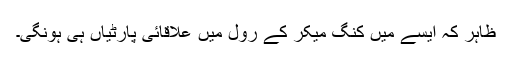
ظاہر کہ ایسے میں کنگ میکر کے رول میں علاقائی پارٹیاں ہی ہونگی۔